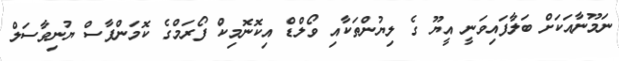
ނަމޫނާއަކަށް ބަލާފައިވަނީ އީޔޫ ގެ ލިޔުންތަކާއި ވޯލްޑް އިކޮނޮމިކް ފޯރަމްގެ ކޮމަންޕާސް ޔުނިވާސަލް